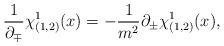
LaTeX: \begin{align*}\frac{1}{\partial_\mp}\chi^1_{(1,2)}(x) = -\frac{1}{m^2} \partial_\pm \chi^1_{(1,2)}(x),\end{align*}